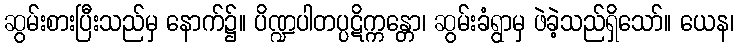
ဆွမ်းစားပြီးသည်မှ နောက်၌။ ပိဏ္ဍပါတပ္ပဋိက္ကန္တော၊ ဆွမ်းခံရွာမှ ဖဲခဲ့သည်ရှိသော်။ ယေန၊